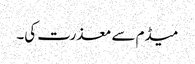
میڈم سے معذرت کی۔